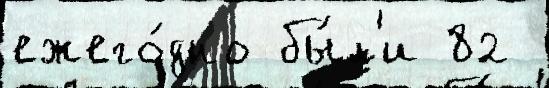
ежего́дно бы́л'и 82